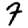
Digit: 7